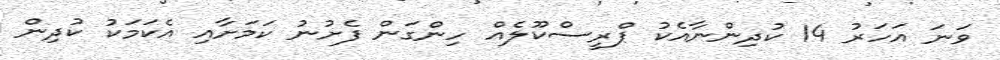
ވަނަ އަަހަރު 14 ކުދިންނާއެކު ޕްރީސްކޫލެއް ހިންގަން ފެށުނު ކަމަށާއި އެކަމަކު ކުދިން